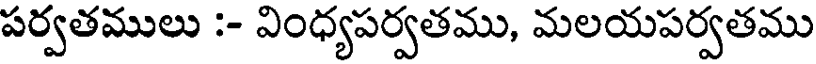
పర్వతములు :- వింధ్యపర్వతము, మలయపర్వతము